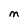
Character: M